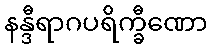
နန္ဒီရာဂပရိက္ခီဏော